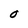
Character: 0